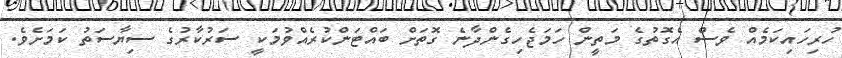
ހުރިހައިކަމެއް ވެސް އެގޮތުގެ މަތީން ހަމަޖެހިގެންދާނެ ގޮތަށް ބައްޓަންކުރެއްވުމަކީ ސަރުކާރުގެ ސިޔާސަތު ކަމަށެވެ.